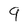
Character: 9